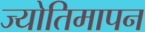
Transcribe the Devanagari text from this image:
ज्योतिमापन